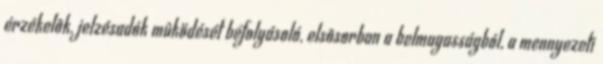
érzékelõk, jelzésadók mûködését befolyásoló, elsõsorban a belmagasságból, a mennyezeti